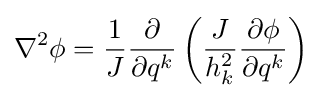
\nabla ^{2}\phi ={\frac {1}{J}}{\frac {\partial }{\partial q^{k}}}\left({\frac {J}{h_{k}^{2}}}{\frac {\partial \phi }{\partial q^{k}}}\right)